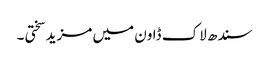
سندھ لاک ڈاون میں مزید سختی ۔